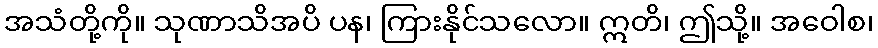
အသံတို့ကို။ သုဏာသိအပိ ပန၊ ကြားနိုင်သလော။ ဣတိ၊ ဤသို့။ အဝေါစ၊